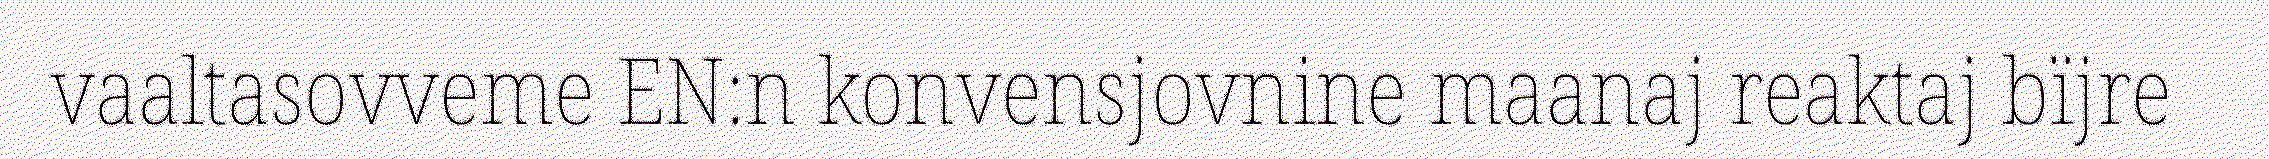
vaaltasovveme EN:n konvensjovnine maanaj reaktaj bïjre